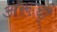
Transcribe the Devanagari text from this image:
अरूची